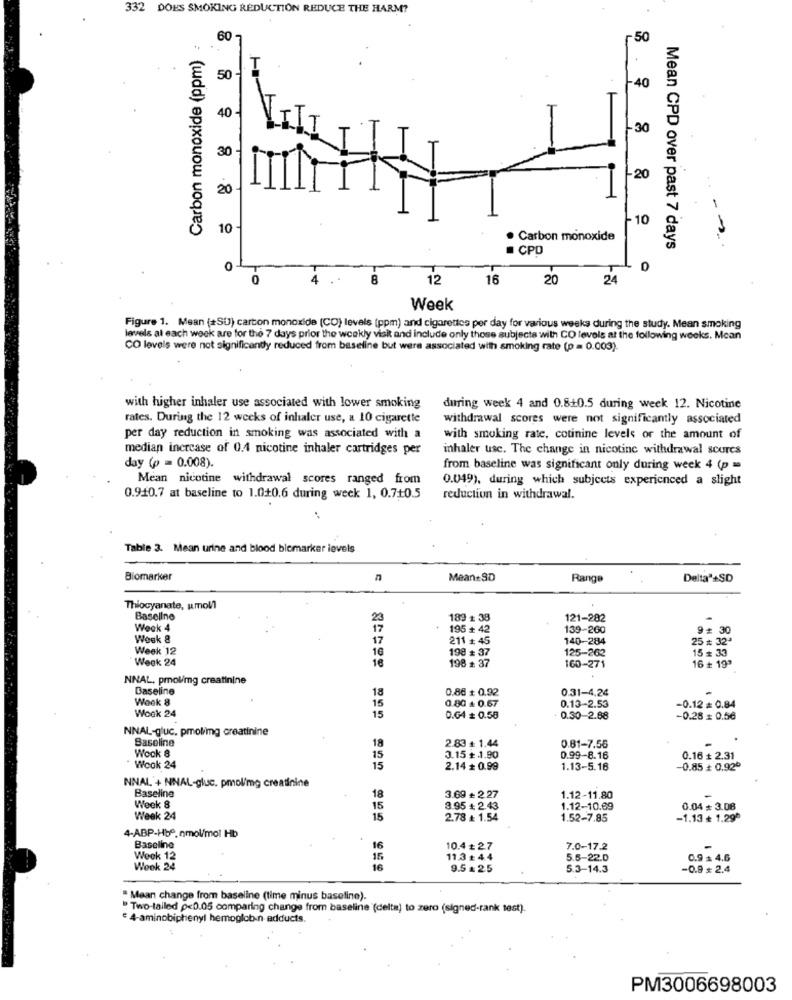
332 DOES SMOKING REDUCTION REDUCE THE HARM?
Carbon monoxide (ppm) :
60-
-50
50 -
40
40
30
30 -
-20
20
-
-10
10
. Carbon monoxide
. CPD
Mean CPD over past 7 days
0
0
4
12
16
20
24
Week
Figure 1. Mean (#SU) carbon monoxide (CO) levels (ppm) and cigarettes per day for various weeks during the study. Mean smoking
levels at each week are for the 7 days prior the weekly visit and include only those subjects with CO levels at the following weeks. Mean
CO levels were not significantly reduced from baseline but were associated with smoking rate (p = 0.003).
with higher inhaler use associated with lower smoking
during week 4 and 0.8+0.5 during week 12. Nicotine
rates. During the 12 weeks of inhaler use, a 10 cigarette
withdrawal scores were not significantly associated
per day reduction in smoking was associated with a
with smoking rate, cotinine levels or the amount of
median increase of 0.4 nicotine inhaler cartridges per
inhaler use. The change in nicotine withdrawal scores
day (p = 0.008)
from baseline was significant only during week 4 (p =
Mean nicotine withdrawal scores ranged from
0.049), during which subjects experienced a slight
0.910.7 at baseline to 1.0+0.6 during week 1, 0.7+0.5
reduction in withdrawal.
Table 3. Mean urine and blood blemarker levels
Biomarker
n
Mean:SD
Range
Delta"+SD
Thiocyanate, umol
Baseline
23
189 + 38
121-282
Week 4
195 + 42
139-260
9# 30
Week 8
17
211 # 45
140-284
25 ₺ 32ª
Week 12
16
198 # 37
125-262
Week 24
16
198 # 37
15 # 33
16 + 19"
160-271
NNAL, prolimg creatinine
Baseline
18
0.86 + 0.92
0.31-4.24
Week 8
0.80 + 0.67
0.13-2.53
15
-0.12 = 0.84
Wook 24
15
0.64 + 0.58
0.30-2.88
-0.28 = 0.56
NNAL-gluc. pmolimg creatinine
Baseline
2.83 ₺ 1.44
Wock 8
18
0.81-7.56
15
3.15 + 1.90
0.99-8.16
0.16 + 2.31
Wook 24
15
2.14 + 0.99
1.13-5.16
-0.85 ₺ 0.92º
NNAL'+ NINAL-gluc. pmol/mg creatinine
Baseline
18
3.69 + 2.27
1.12-11.80
Week 8
15
3.95 # 2.43
1.12-10.69
0.04 + 3.08
Week 24
15
2.78 ₺ 1.54
1.52-7.85
-1.13 ₺ 1.29
4-ABP-Hbº.nmol/mol Hb
Baseline
16
10.4 £ 2.7
7.0-17.2
Wook 12
15
11.3 #44
5.6-22.0
0.9 $ 4.6
Wook 24
16
9.5 = 25
5.3-14.3
-0.9 $ 2.4
" Mean change from baseline (time minus baseline).
"Two-tailed p<0.05 comparing change from baseline (delta) to zero (signed-rank test).
e 4-aminobiphenyl hemoglobin adducts.
PM3006698003